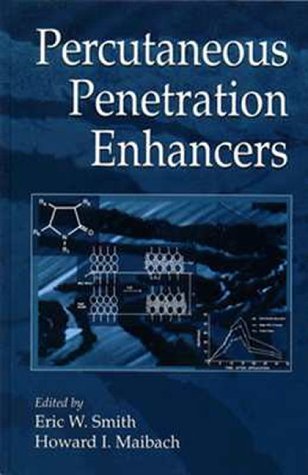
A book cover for Percutaneous Penetration Enhancers; Eric Wane Smith; Medical Books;